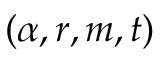
( \alpha , r , m , t )